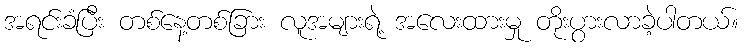
အရင်းခံပြီး တစ်နေ့တစ်ခြား လူအများရဲ့ အလေးထားမှု တိုးပွားလာခဲ့ပါတယ်။